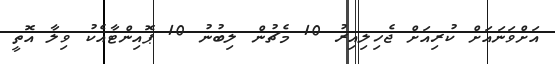
އަށްވަނައަށް ކުރިއަށް ޖެހިލިއިރު 10 މެޗުން ލިބުނު 10 ޕޮއިންޓާއެކު ވިލާ އޮތީ